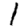
Digit: 1